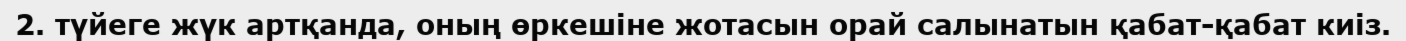
2. түйеге жүк артқанда, оның өркешіне жотасын орай салынатын қабат-қабат киіз.